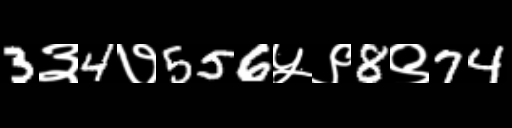
Text: 3३4७556५९8९74